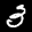
Label: 3